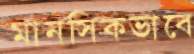
মানসিকভাবে